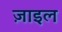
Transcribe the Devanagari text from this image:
ज़ाइल